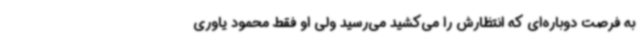
به فرصت دوباره‌ای که انتظارش را می‌کشید می‌رسید ولی او فقط محمود یاوری